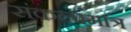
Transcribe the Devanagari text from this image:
संकल्पमात्र